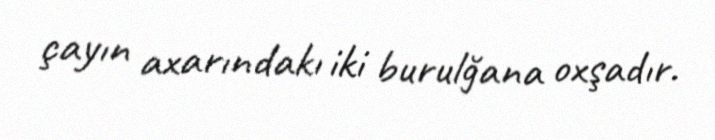
çayın axarındakı iki burulğana oxşadır.